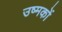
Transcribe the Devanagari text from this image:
उष्मकों